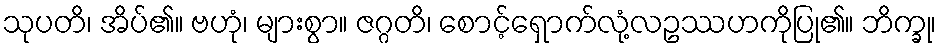
သုပတိ၊ အိပ်၏။ ဗဟုံ၊ များစွာ။ ဇဂ္ဂတိ၊ စောင့်ရှောက်လုံ့လဥဿဟကိုပြု၏။ ဘိက္ခု၊